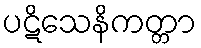
ပဋိသေနိကတ္တာ